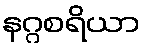
နဂ္ဂစရိယာ